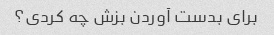
برای بدست آوردن بزش چه کردی؟